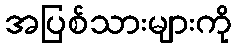
အပြစ်သားများကို